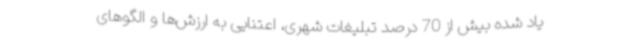
یاد شده بیش از 70 درصد تبلیغات شهری، اعتنایی به ارزش‌ها و الگوهای